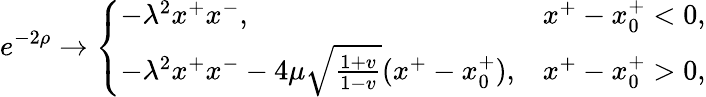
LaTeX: e^{-2\rho}\rightarrow\left\{ \begin{array}{ll}{{-\lambda^{2}x^{+}x^{-},}}&{{x^{+}-x_{0}^{+}<0,}}\\ {{-\lambda^{2}x^{+}x^{-}-4\mu\sqrt{\frac{1+v}{1-v}}(x^{+}-x_{0}^{+}),}}&{{x^{+}-x_{0}^{+}>0,}}\end{array}\right.